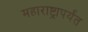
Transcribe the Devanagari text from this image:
महाराष्ट्रापर्यंत